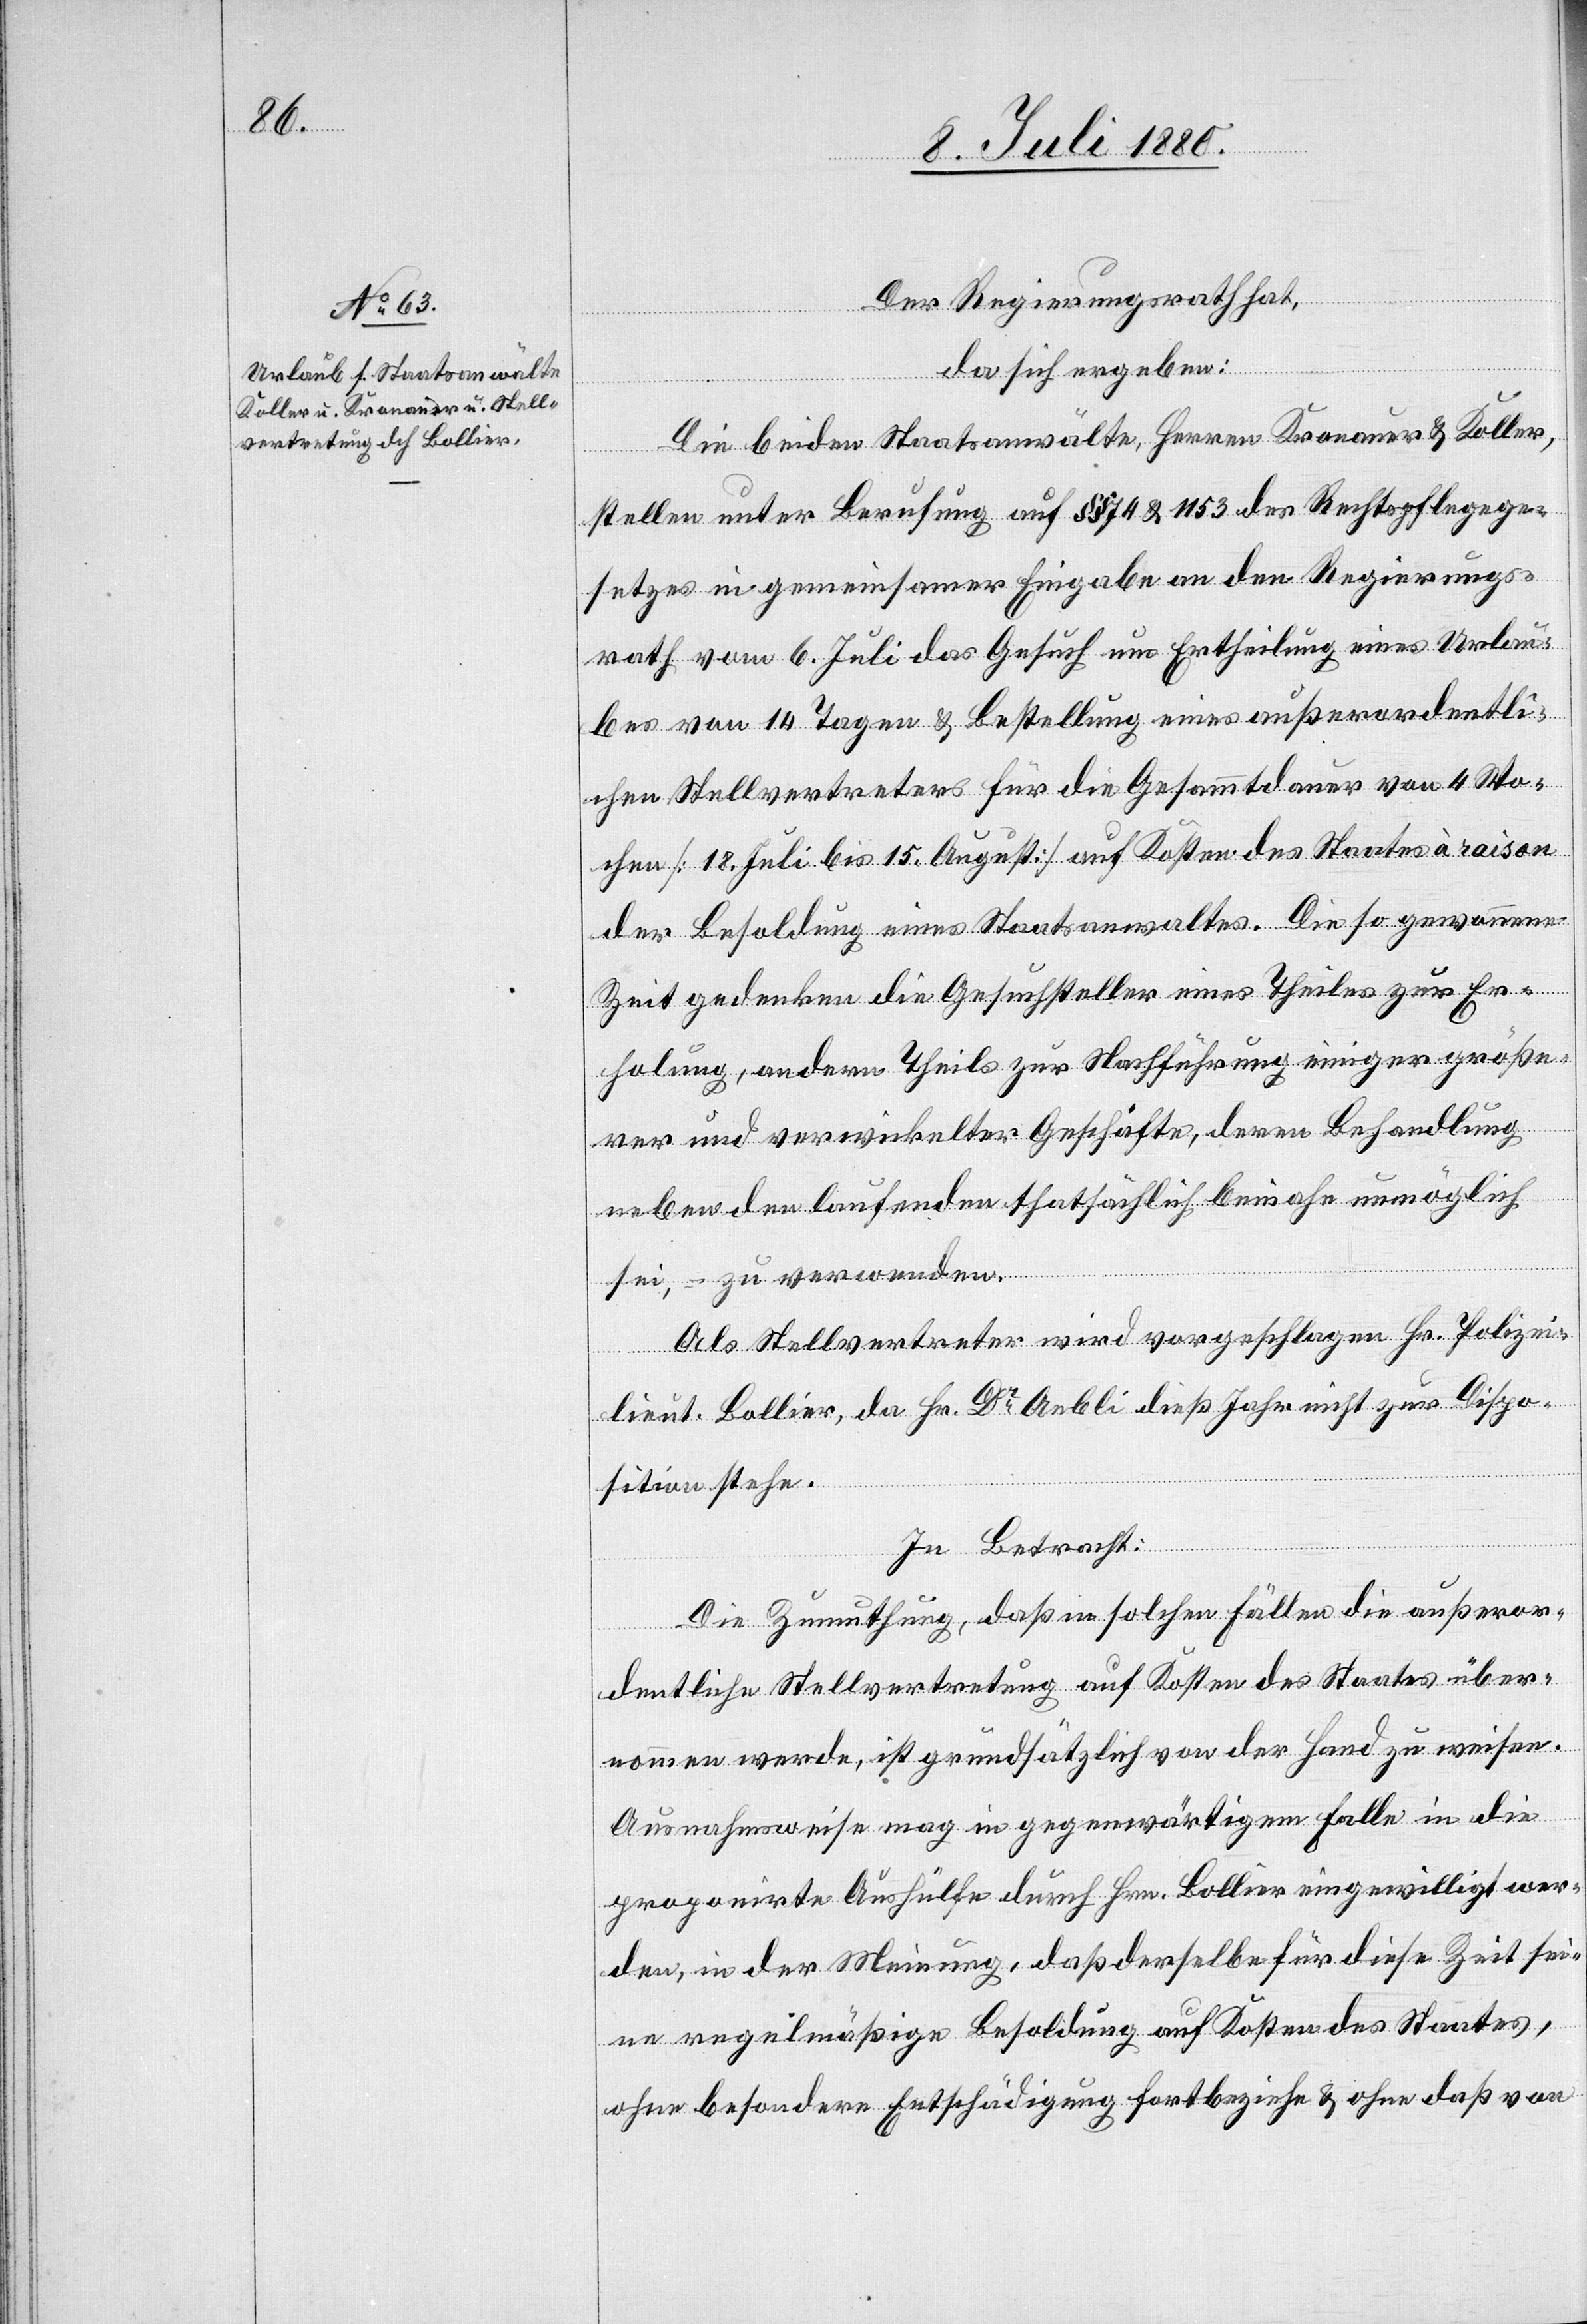
Der Regierungsrath hat,
da sich ergeben:
Die beiden Staatsanwälte Herren Kronauer & Koller,
stellen unter Berufung auf §§ 74 & 1153 des Rechtspflegege¬
setzes in gemeinsamer Eingabe an den Regierungs¬
rathe vom 6. Juli das Gesuch um Ertheilung eines Urlau¬
bes von 14 Tagen & Bestellung eines außerordentli¬
chen Stellvertreters für die Gesammtdauer von 4 Wo¬
chen [18. Juli bis 15. August] auf Kosten des Staates à raison
der Besoldung eines Staatsanwaltes. Die so gewonnene
Zeit gedenken die Gesuchsteller eines Theiles zur Er¬
holung, anderen Theils zur Nachführung einiger größe¬
rer und verwickelter Geschäfte, deren Behandlung
neben den laufenden thatsächlichen beinahe unmöglich
sei, zu verwenden.
Als Stellvertreter wird vorgeschlagen Hr. Polizei¬
lieut. Bollier, da Hr. Dr Aebli dieß Jahr nicht zur Dispo¬
sition stehe.
In Betracht:
Die Zumuthung, daß in solchen Fällen die außeror¬
dentliche Stellvertretung auf Kosten des Staates über¬
nommen werde, ist grundsätzlich von der Hand zu weisen.
Ausnahmsweise mag in gegenwärtigem Falle in die
proponirte Aushülfe durch Hrn. Bollier eingewilligt wer¬
den, in der Meinung, daß derselbe für diese Zeit sei¬
ne regelmäßige Besoldung auf Kosten des Staates,
ohne besondere Entschädigung fortbeziehe & ohne daß von